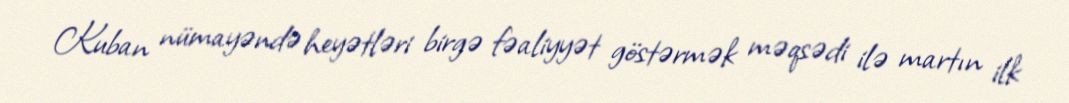
Kuban nümayəndə heyətləri birgə fəaliyyət göstərmək məqsədi ilə martın ilk